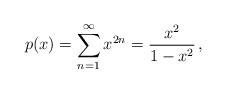
LaTeX: \begin{align*}p(x)=\sum_{n=1}^\infty x^{2n}={x^2\over 1-x^2}\,,\end{align*}